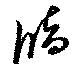
牘